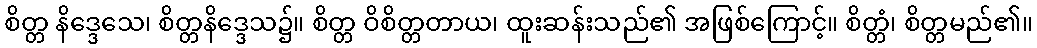
စိတ္တ နိဒ္ဒေသေ၊ စိတ္တနိဒ္ဒေသ၌။ စိတ္တ ဝိစိတ္တတာယ၊ ထူးဆန်းသည်၏ အဖြစ်ကြောင့်။ စိတ္တံ၊ စိတ္တမည်၏။